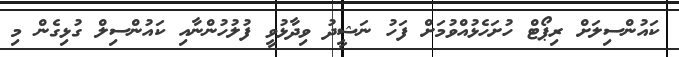
ކައުންސިލަށް ރިޕޯޓް ހުށަހެޅުއްވުމަށް ފަހު ނަޝީދު ވިދާޅުވީ ފުލުހުންނާއި ކައުންސިލް ގުޅިގެން މި